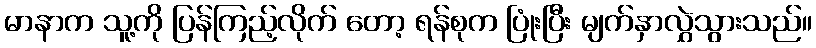
မာနာက သူ့ကို ပြန်ကြည့်လိုက် တော့ ရန်စုက ပြုံးပြီး မျက်နှာလွှဲသွားသည်။